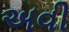
અવી